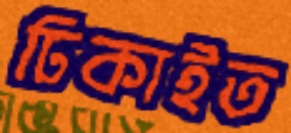
ঢিকাইত